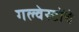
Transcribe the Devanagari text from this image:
गल्वेस्टोंचे